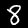
Label: 8